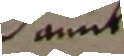
Damit